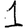
Digit: 1